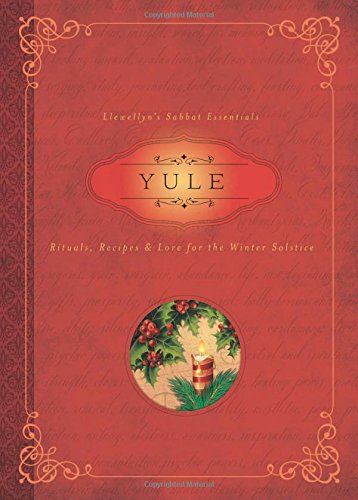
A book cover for Yule: Rituals, Recipes & Lore for the Winter Solstice (Llewellyn's Sabbat Essentials); Llewellyn; Politics & Social Sciences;